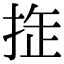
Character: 𢭉